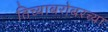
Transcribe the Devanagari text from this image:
तिच्याबरोबरच्या